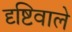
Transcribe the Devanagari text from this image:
दृष्टिवाले